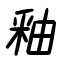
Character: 釉